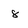
Character: 8